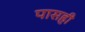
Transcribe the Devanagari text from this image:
पासही